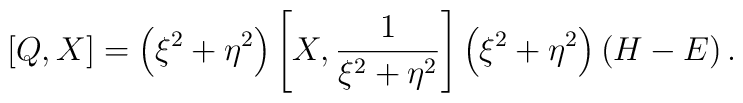
\left[ Q,X\right] =\left( \xi ^{2}+\eta ^{2}\right) \left[ X,\frac{1}{\xi^{2}+\eta ^{2}}\right] \left( \xi ^{2}+\eta ^{2}\right) \left( H-E\right) .